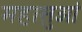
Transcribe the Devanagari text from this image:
महासुओं